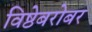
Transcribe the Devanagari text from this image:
विष्ठेबरोबर